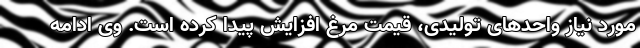
مورد نیاز واحدهای تولیدی، قیمت مرغ افزایش پیدا کرده است. وی ادامه